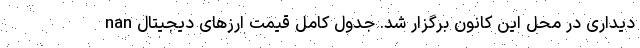
دیداری در محل این کانون برگزار شد. جدول کامل قیمت ارزهای دیجیتال nan